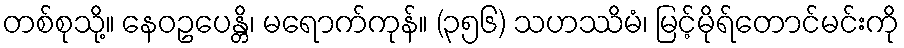
တစ်စုသို့။ နေဝဥပေန္တိ၊ မရောက်ကုန်။ (၃၅၆) သဟဿိမံ၊ မြင့်မိုရ်တောင်မင်းကို